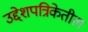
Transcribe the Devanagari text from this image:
उद्देशपत्रिकेतील